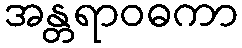
အန္တရာဝဓကာ